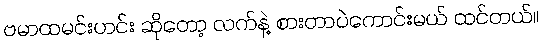
ဗမာထမင်းဟင်း ဆိုတော့ လက်နဲ့ စားတာပဲကောင်းမယ် ထင်တယ်။